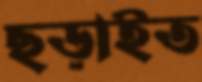
ছড়াইত